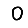
Digit: 0